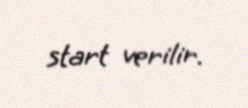
start verilir.